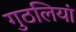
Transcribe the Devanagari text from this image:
गुठलियां